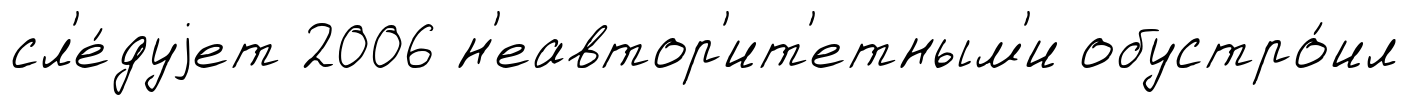
сл'е́дуjет 2006 н'еавтор'ит'етным'и обустро́ил